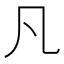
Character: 凡